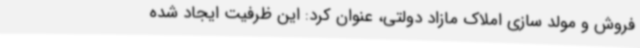
فروش و مولد سازی املاک مازاد دولتی، عنوان کرد: این ظرفیت ایجاد شده